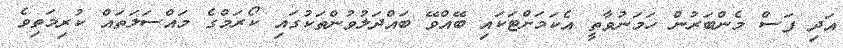
އަދި ފަސް މެންބަރުން ހަމަނުވާތީ އެކަމަށްޓަކައި ބޭއްވޭ ބައްދަލުވުންތަކުގައި ކޯރަމްގެ މައްސަލަތައް ކުރިމަތިވެ